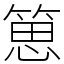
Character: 𥯨